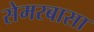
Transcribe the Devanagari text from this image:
सेमरबासा